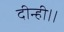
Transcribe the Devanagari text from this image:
दीन्ही।।